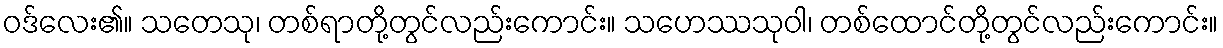
ဝဒ်လေး၏။ သတေသု၊ တစ်ရာတို့တွင်လည်းကောင်း။ သဟေဿသုဝါ၊ တစ်ထောင်တို့တွင်လည်းကောင်း။